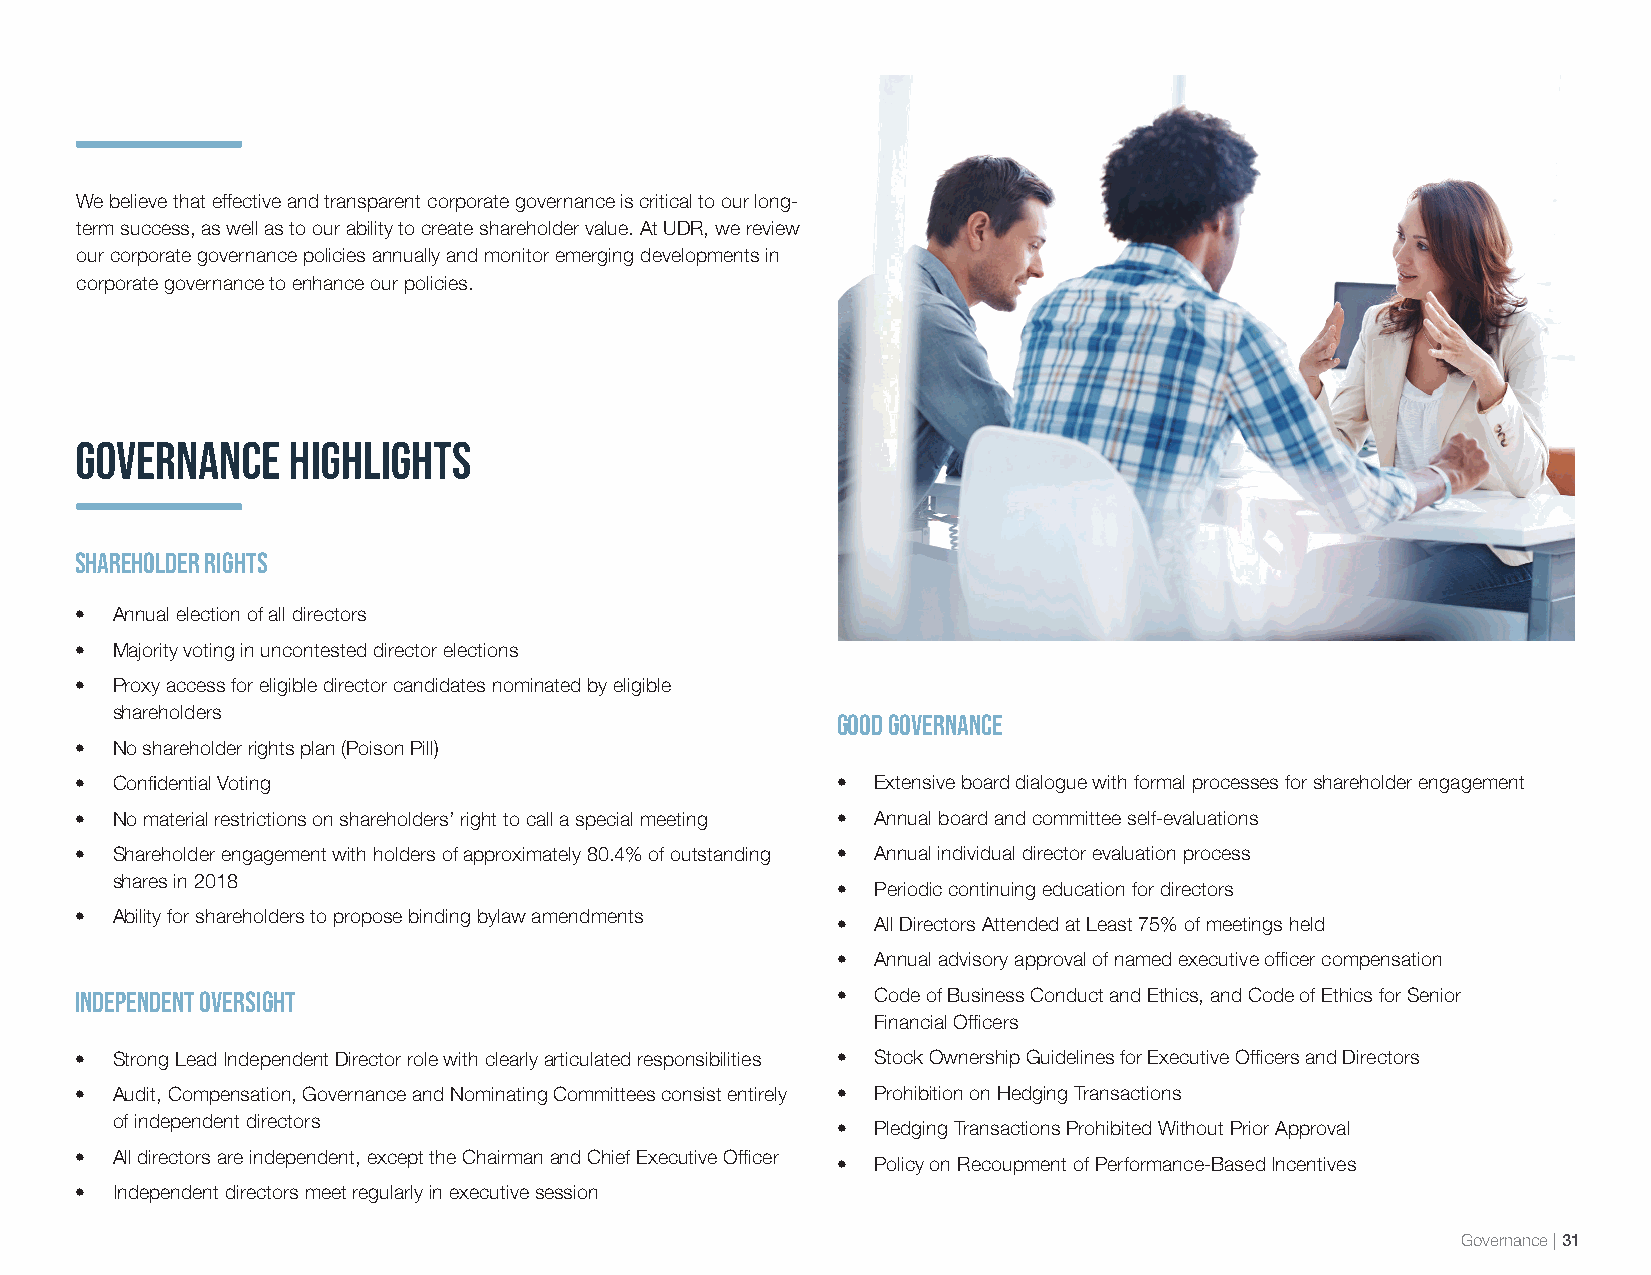
We believe that effective and transparent corporate governance is critical to our long-
 term success, as well as to our ability to create shareholder value. At UDR, we review
 our corporate governance policies annually and monitor emerging developments in
 corporate governance to enhance our policies.
 GOVERNANCE    HIGHLIGHTS
 Shareholder Rights
 • Annual election of all directors
 • Majority voting in uncontested director elections
 • Proxy access for eligible director candidates nominated by eligible
 shareholders
 Good Governance
 • No shareholder rights plan (Poison Pill)
 • Confidential Voting                             •  Extensive board dialogue with formal processes for shareholder engagement
 • No material restrictions on shareholders’ right to call a special meeting • Annual board and committee self-evaluations
 • Shareholder engagement with holders of approximately 80.4% of outstanding • Annual individual director evaluation process
 shares in 2018
 •  Periodic continuing education for directors
 • Ability for shareholders to propose binding bylaw amendments
 •  All Directors Attended at Least 75% of meetings held
 •  Annual advisory approval of named executive officer compensation
 Independent Oversight                             •  Code of Business Conduct and Ethics, and Code of Ethics for Senior
 Financial Officers
 • Strong Lead Independent Director role with clearly articulated responsibilities • Stock Ownership Guidelines for Executive Officers and Directors
 • Audit, Compensation, Governance and Nominating Committees consist entirely • Prohibition on Hedging Transactions
 of independent directors
 •  Pledging Transactions Prohibited Without Prior Approval
 • All directors are independent, except the Chairman and Chief Executive Officer
 •  Policy on Recoupment of Performance-Based Incentives
 • Independent directors meet regularly in executive session
 Governance | 31